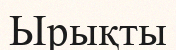
Ырықты